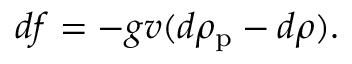
d f = - g v ( d \rho _ { \mathrm { p } } - d \rho ) .